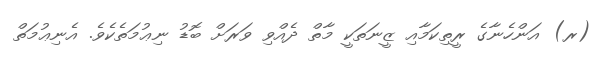
(ރ) އަންހެނާގެ ރީތިކަމާއި ޒީނަތަކީ މާތް ދެއްވި ވަރަށް ބޮޑު ނިޢުމަތެކެވެ. އެނިޢުމަތް